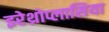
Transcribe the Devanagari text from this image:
इरेथ्रोप्लासिया